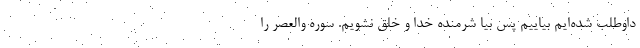
داوطلب شده‌ایم بیاییم پس بیا شرمنده خدا و خلق نشویم. سوره والعصر را